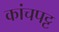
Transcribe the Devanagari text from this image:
कांचपट्ट